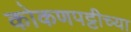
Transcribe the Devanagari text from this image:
कोकणपट्टीच्या